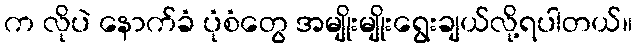
က လိုပဲ နောက်ခံ ပုံစံတွေ အမျိုးမျိုးရွေးချယ်လို့ရပါတယ်။